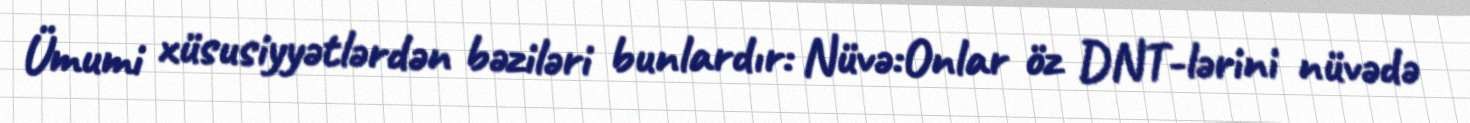
Ümumi xüsusiyyətlərdən bəziləri bunlardır: Nüvə:Onlar öz DNT-lərini nüvədə